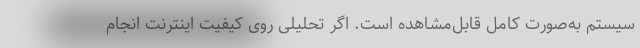
سیستم به‌صورت کامل قابل‌مشاهده است. اگر تحلیلی روی کیفیت اینترنت انجام